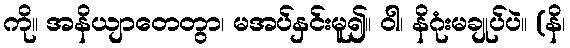
ကို။ အနိယျာတေတွာ၊ မအပ်နှင်းမူ၍။ ဝါ၊ နိဂုံးမချုပ်ပဲ။ (နိ၊